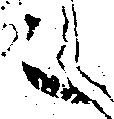
之